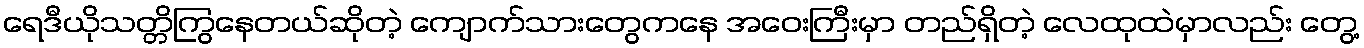
ရေဒီယိုသတ္တိကြွနေတယ်ဆိုတဲ့ ကျောက်သားတွေကနေ အဝေးကြီးမှာ တည်ရှိတဲ့ လေထုထဲမှာလည်း တွေ့